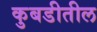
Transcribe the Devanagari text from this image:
कुबडीतील